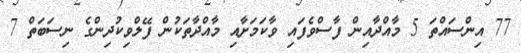
77 އިންސައްތަ 5 މާއްދާއިން ފާސްވެފައި ވާކަމަށާއި މާއްދާތަކުން ފޭލްވިކުދިންގެ ނިސަބަތް 7